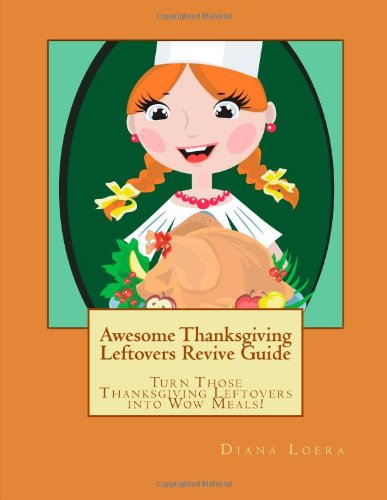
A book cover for Awesome Thanksgiving Leftovers Revive Guide: Turn Those Thanksgiving Leftovers Into Wow Meals; Diana Loera; Cookbooks, Food & Wine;